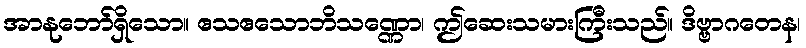
အာနုဘော်ရှိသော။ ဧသဧသောဘိသဏ္ဏော၊ ဤဆေးသမားကြီးသည်။ ဒိဗ္ဗာဂတေန၊